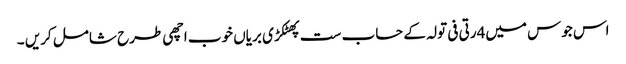
اس جوس میں4رتی فی تولہ کے حساب ست پھٹکڑی بریاں خوب اچھی طرح شامل کریں ۔